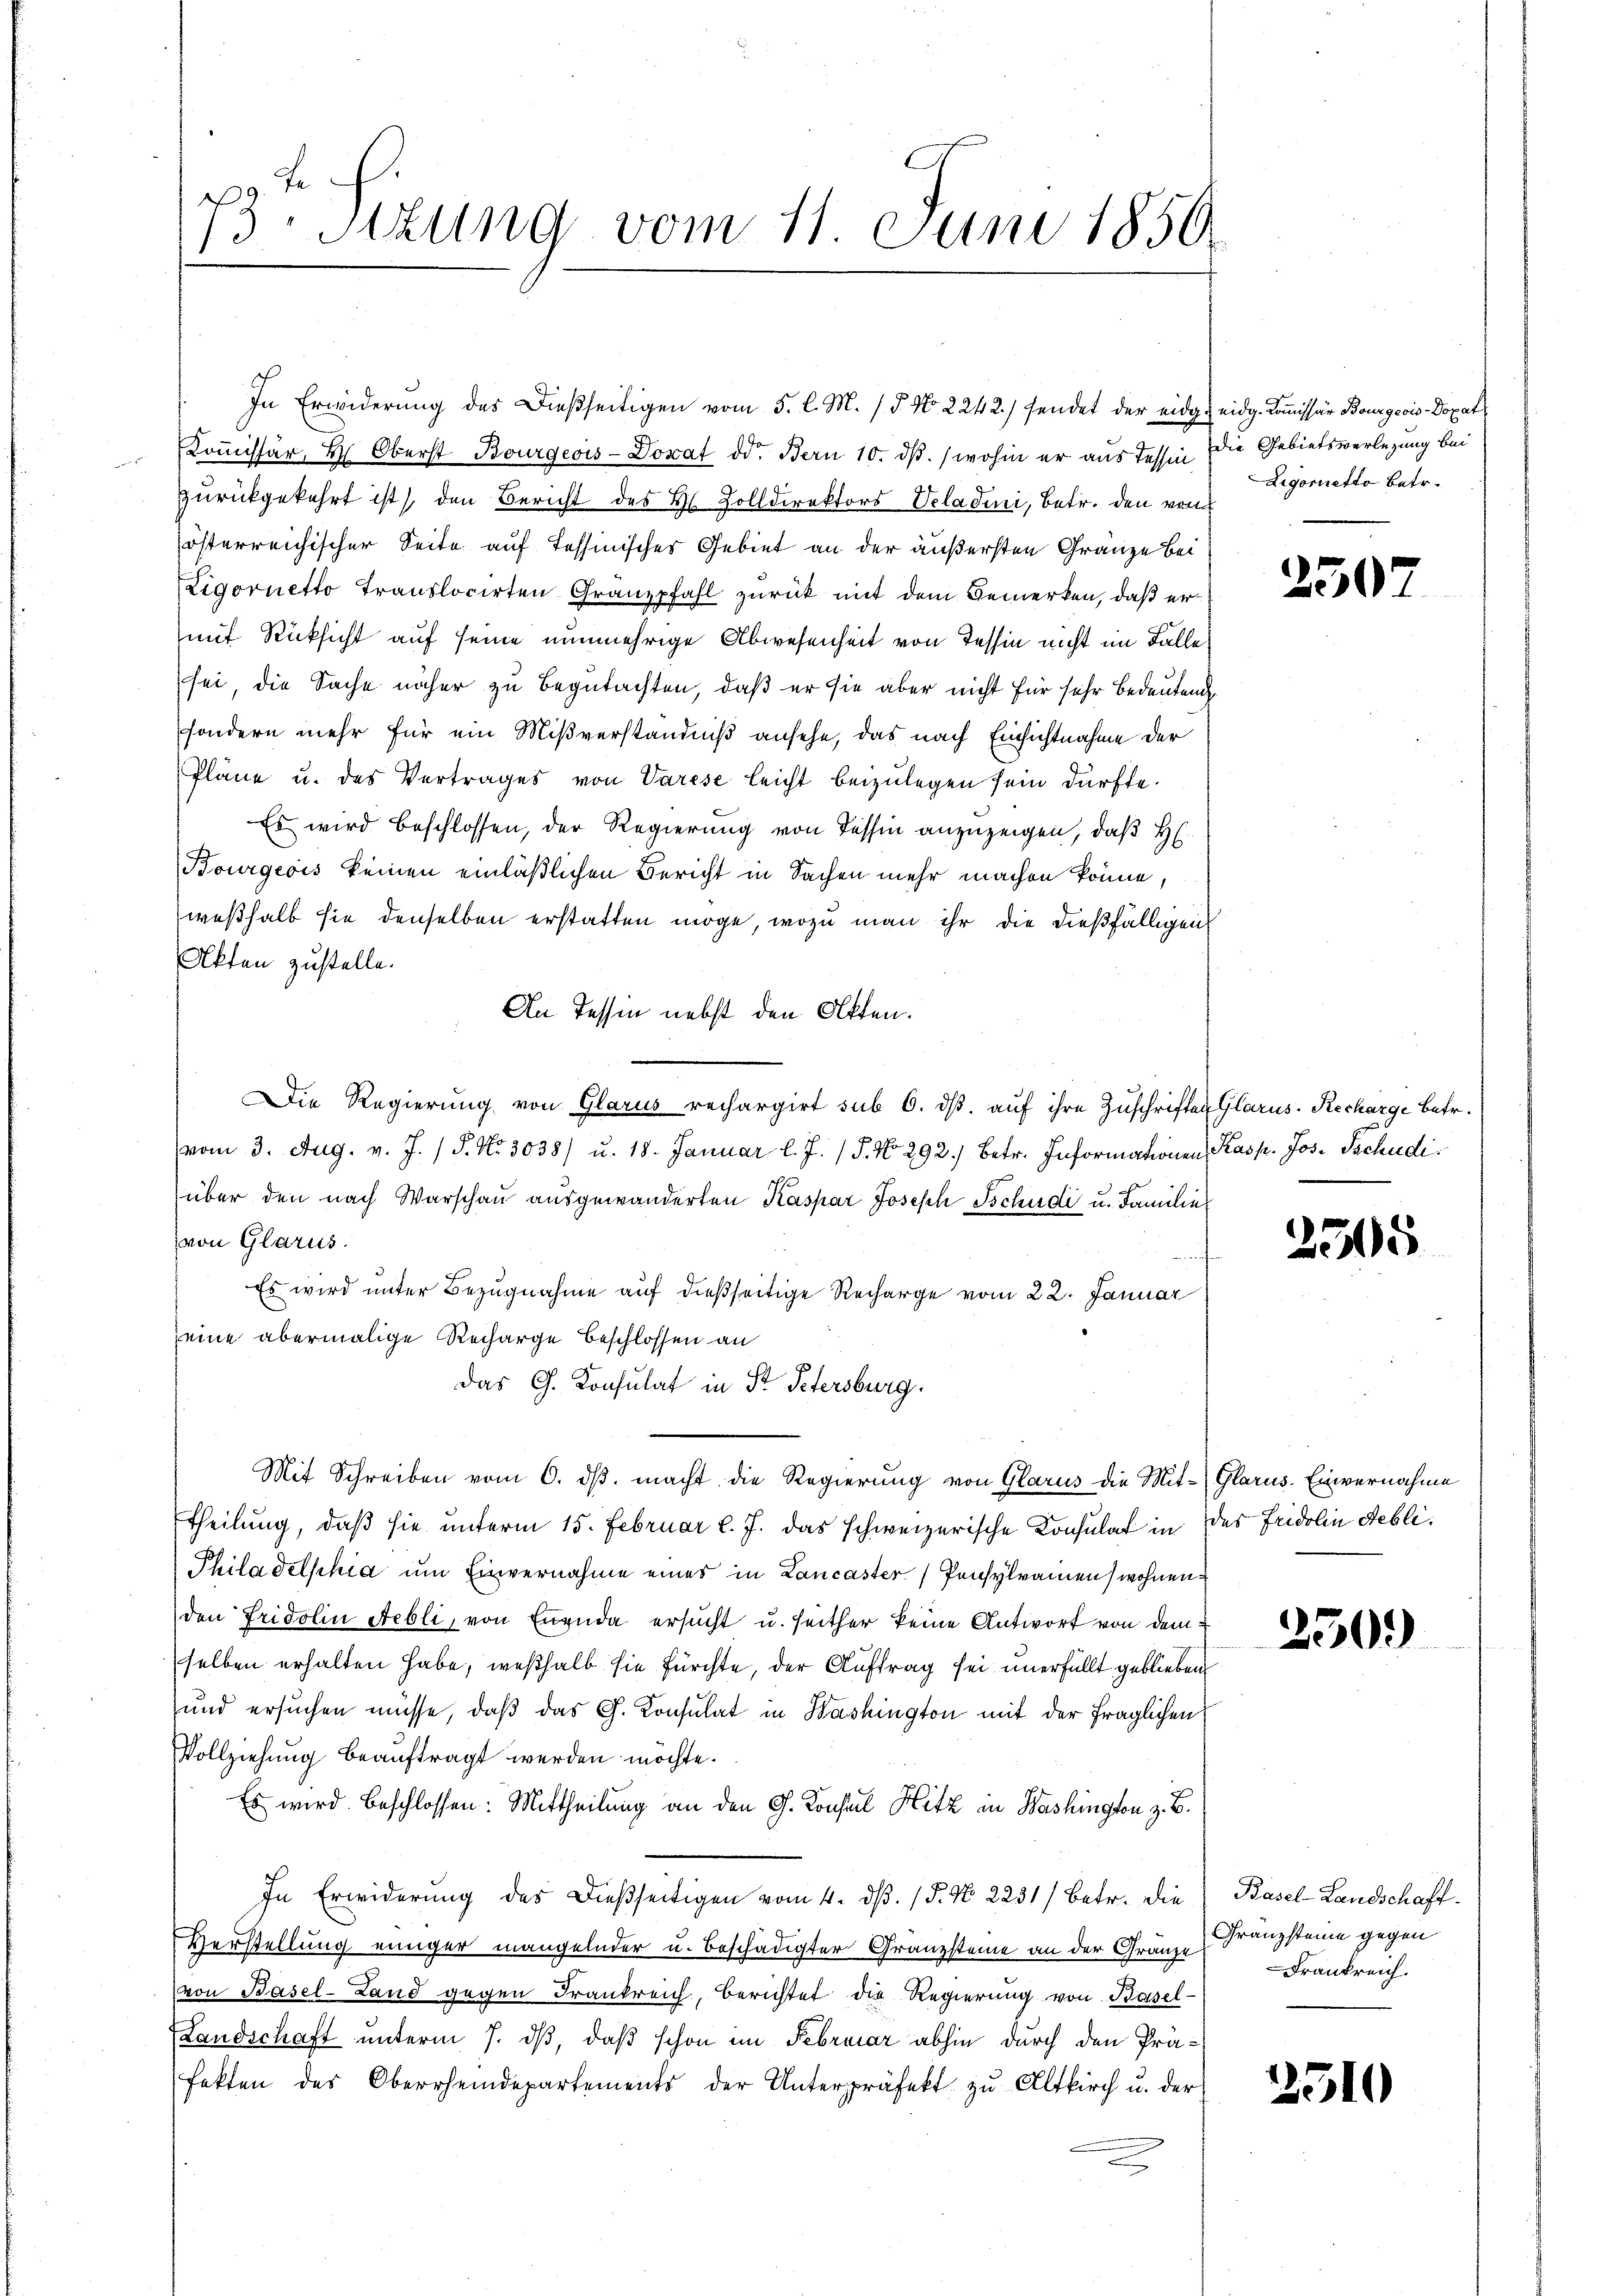
73. Stzung vom 11. Juni 1850.

Komissär, H. Oberst Bourgeois Donat ddo. Bern 10. ds. (wohin er aus Tessin die Gebietsverlegung bei
zurückgekehrt ist) den Bericht des Hl. Zolldirektors Veladeni, betr. den von
österreichischer Seite auf Tessinischer Gebiet an der äußersten Gränze bei
Ligornetto translocirten Granzpfahl zurück mit dem Bemerken, daß er
mit Rücksicht auf seine nunmehrige Abwesenheit von Tessin nicht im Falle
sei, die Sache näher zu Begutachten, daß er sie aber nicht für sehr bedeutend
sondern mehr für ein Mißverständniß ansehe, das nach Einsichtnahme der
Pläne u. des Vertrages von Varese leicht beizulegen sein dürfte.
Es wird beschlossen, der Regierung von Tessin anzuzeigen, daß H
Bourgeois keinen einläßlichen Bericht in Sachen mehr machen könne,
weßhalb sie denselben erstatten möge, wozu man ihr die dießfälligen
Akten zustelle.
An Tessin nebst den Otten.
Die Regierung von Glarus rechargirt sub 6. dβ aŭf ihre Zuschriften Glarus. Recharge betr.
(vom 3. Aug. v. J. / P. Nr. 3038) u. 18. Januar l. J. (T. No 292. betr. Informationen Kasp. Jos. Tschudiüber den nach Warschau ausgewanderten Kaspar Joseph Tschudi u. Familie
von Glarus.
Es wird unter Bezugnahme auf dießseitige Recharge vom 22. Januar
seine abermalige Recharge Beschlossen an
Das G. Konsulat in Fr. Petersburg.
Mit Schreiben vom 6. ds. macht die Regierung von Glarus die Mit-Glarus. Einvernahme
Etheilung, daß sie unterm 15. Februar l. J. das schweizerische Konsulat in des Fridolin Febli¬
Philadelphia um Einvernahme eines in Lancaster Pensylvamen wohnen
den Fridolin Nebli, von Enenda ersucht u. seither keine Antwort von dem
selben erhalten habe, weßhalb sie fürchte, der Auftrag sei unerfüllt geblieben
und ersuchen müsse, daß das G. Konsulat in Washington mit der fraglichen
Vollziehung beauftragt werden möchte.
Es wird beschlossen: Mittheilung an den G. Konsul Hitz in Washington z. B.
In Erwiderung des Dießseitigen vom 4. ds. (T. N. 2231/ Betr. die
Verstellung einiger mangelnder u. beschädigter Granzsteine an der Gränz Franzsteine gegen
von Basel-Land gegen Frankreich, berichtet die Regierung von Basel-
Landschaft unterm 7. dß, daß schon im Februar abhin durch den Prä-
fekten des Oberrheindepartements der Unterpräfekt zŭ Altkirch u. der

In Erwiderung des Dießseitigen vom 5. l. M. / 5. No 2242) fendet der eidg. eidg. Kommissär Bourgeois Dopat

Ligorietto betr.

250

2305

250.

Basel-Landschaft.
Frankreich.

2510